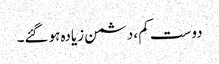
دوست کم، دشمن زیادہ ہوگئے۔